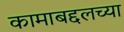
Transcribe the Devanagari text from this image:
कामाबद्दलच्या